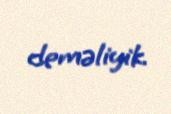
deməliyik.